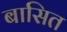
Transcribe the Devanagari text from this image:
बासित